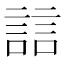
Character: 誩